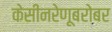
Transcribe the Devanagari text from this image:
केसीनरेणूबरोबर